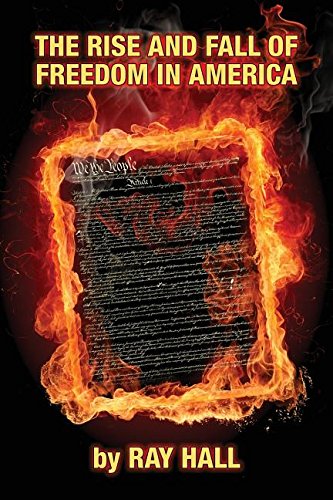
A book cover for The Rise & Fall of Freedom in America; Ray Hall; Business & Money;